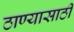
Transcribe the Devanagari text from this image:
ठाण्यासाठी